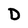
Character: D